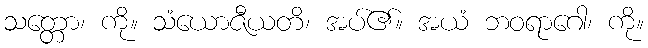
သတ္တော၊ ကို။ သံယောဇီယတိ၊ အပ်၏။ အယံ ဘဝရာဂေါ၊ ကို။